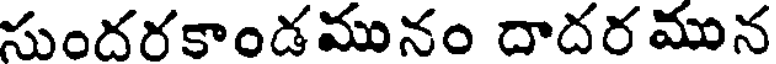
సుందరకాండమునం దాదరమున